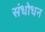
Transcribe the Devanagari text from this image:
संधोधन